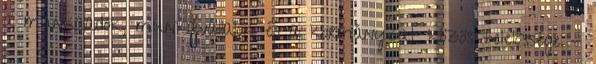
a munkaadók, munkavállalók és a kormányzat közös felelőssége -